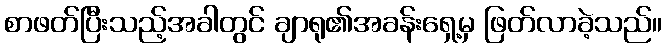
စာဖတ်ပြီးသည့်အခါတွင် ချာရု၏အခန်းရှေ့မှ ဖြတ်လာခဲ့သည်။